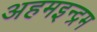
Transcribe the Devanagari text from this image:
अहमइन्द्रम